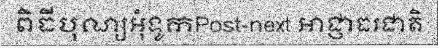
ពិធីបុណ្យអុំទូកPost-next អាជ្ញាធរជាតិ